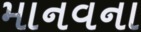
માનવના